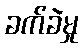
ခက်ခဲမှု